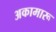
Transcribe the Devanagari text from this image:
अकामारू